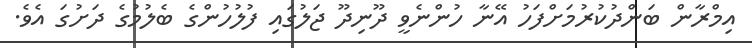
އިމްރާން ބަންދުކުރުމަށްފަހު އޭނާ ހުންނެވީ ދޫނިދޫ ޖަލުގައި ފުލުހުންގެ ބެލުމުގެ ދަށުގަ އެވެ.